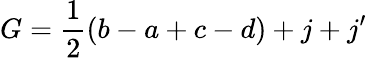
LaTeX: {G=\frac 12(b-a+c-d)+j+j^{\prime}}